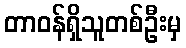
တာဝန်ရှိသူတစ်ဦးမှ